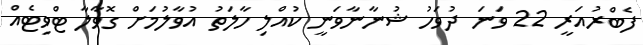
ފެބްރުއަރީ 22 ވަނަ ދުވަހު ޝުނާނާވަނީ ކުއްލި ހާލަތު އުވާލުމަށް ގޮވާލާ ޓްވިޓެއް